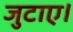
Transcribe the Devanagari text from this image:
जुटाए।